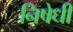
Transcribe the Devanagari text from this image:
निषेधी